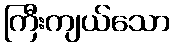
ကြီးကျယ်သော